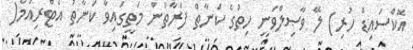
އޮކްސައިޑް ހުރި) ލޭ ވާޞިލްވަނީ ހިތުގެ ކަނާތް ފަރާތުން މަތީގައިވާ ކަނާތު އެޓްރިއަމް(